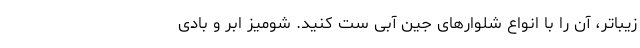
زیباتر، آن را با انواع شلوارهای جین آبی ست کنید. شومیز ابر و بادی